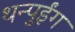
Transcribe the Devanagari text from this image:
थन्पुईंग